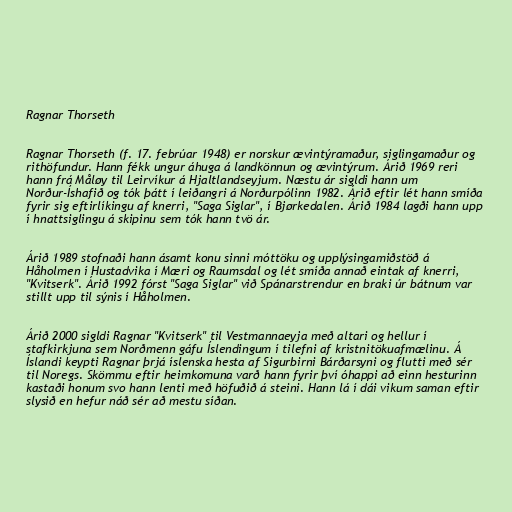
Ragnar Thorseth

Ragnar Thorseth (f. 17. febrúar 1948) er norskur ævintýramaður, siglingamaður og
rithöfundur. Hann fékk ungur áhuga á landkönnun og ævintýrum. Árið 1969 reri
hann frá Måløy til Leirvíkur á Hjaltlandseyjum. Næstu ár sigldi hann um
Norður-Íshafið og tók þátt í leiðangri á Norðurpólinn 1982. Árið eftir lét hann smíða
fyrir sig eftirlíkingu af knerri, "Saga Siglar", í Bjørkedalen. Árið 1984 lagði hann upp
í hnattsiglingu á skipinu sem tók hann tvö ár.

Árið 1989 stofnaði hann ásamt konu sinni móttöku og upplýsingamiðstöð á
Håholmen í Hustadvika í Mæri og Raumsdal og lét smíða annað eintak af knerri,
"Kvitserk". Árið 1992 fórst "Saga Siglar" við Spánarstrendur en braki úr bátnum var
stillt upp til sýnis í Håholmen.

Árið 2000 sigldi Ragnar "Kvitserk" til Vestmannaeyja með altari og hellur í
stafkirkjuna sem Norðmenn gáfu Íslendingum í tilefni af kristnitökuafmælinu. Á
Íslandi keypti Ragnar þrjá íslenska hesta af Sigurbirni Bárðarsyni og flutti með sér
til Noregs. Skömmu eftir heimkomuna varð hann fyrir því óhappi að einn hesturinn
kastaði honum svo hann lenti með höfuðið á steini. Hann lá í dái vikum saman eftir
slysið en hefur náð sér að mestu síðan.